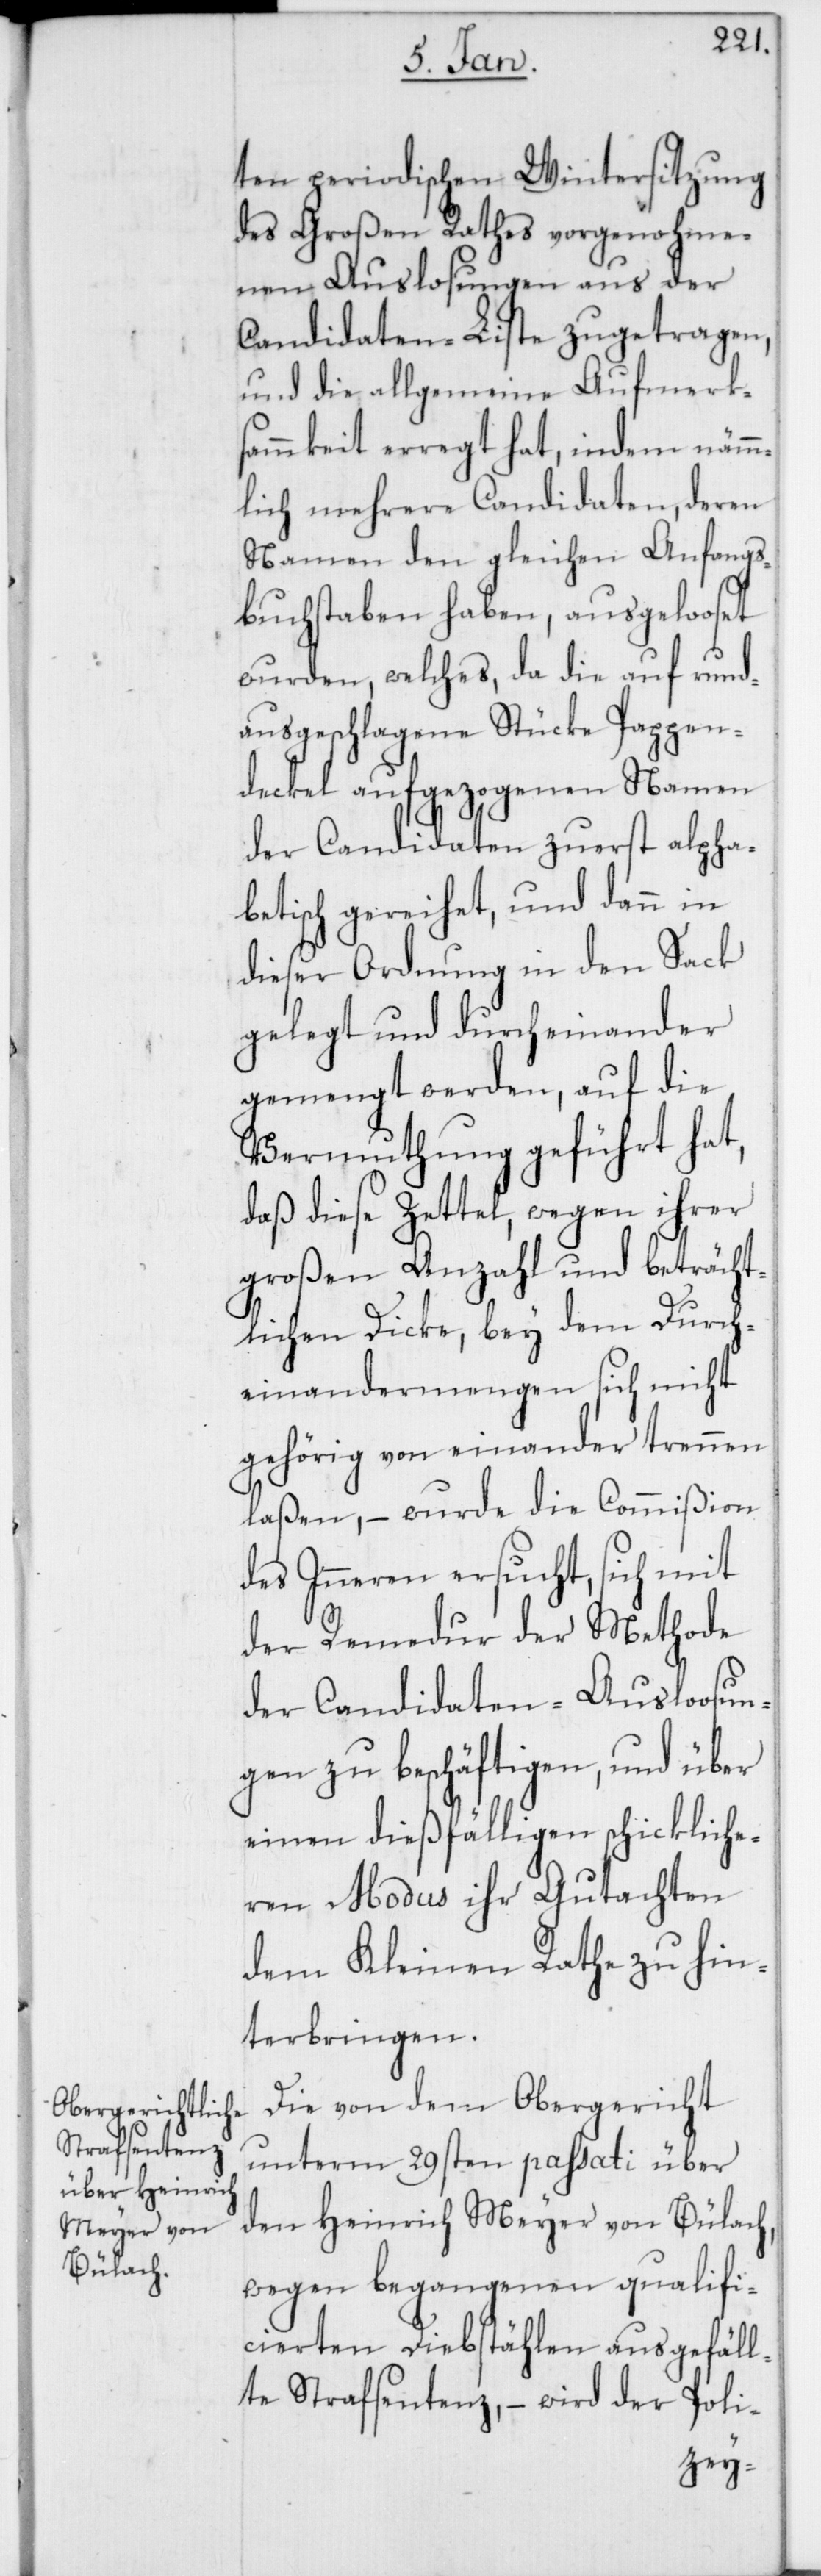
ten periodischen Wintersitzung
des Großen Rathes vorgenohme¬
nen Auslosungen aus der
Candidaten-Liste zugetragen,
und die allgemeine Aufmerk¬
sammkeit erregt hat, indem nämm¬
lich mehrere Candidaten, deren
Namen den gleichen Anfangs¬
buchstaben haben, ausgelooset
wurden, welches, da die auf rund¬
ausgeschlagene Stücke Pappen¬
deckel aufgezogenen Namen
der Candidaten zuerst alpha¬
betisch gereihet, und dann in
dieser Ordnung in den Sack
gelegt und durcheinander
gemengt werden, auf die
Vermuthung geführt hat,
daß diese Zettel, wegen ihrer
großen Anzahl und beträcht¬
lichen Dicke, bey dem Durch¬
einandermengen sich nicht
gehörig von einander trennen
laßen, – wurde die Commißion
des Inneren ersucht, sich mit
der Remedur der Methode
der Candidaten-Ausloosun¬
gen zu beschäftigen, und über
einen dießfälligen schickliche¬
ren Modus ihr Gutachten
dem Kleinen Rathe zu hin¬
terbringen.
Die von dem Obergericht
unterm 29sten passati über
den Heinrich Meyer von Bülach,
wegen begangenen qualifi¬
cierten Diebstählen ausgefäll¬
te Strafsentenz, – wird der Poli-